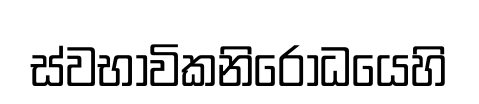
ස්වභාවිකනිරෝධයෙහි